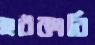
হঠকারি